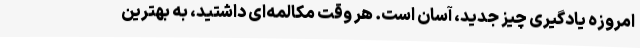
امروزه یادگیری چیز جدید، آسان است. هر وقت مکالمه‌ای داشتید، به بهترین